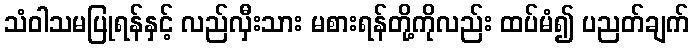
သံဝါသမပြုရန်နှင့် လည်လှီးသား မစားရန်တို့ကိုလည်း ထပ်မံ၍ ပညတ်ချက်